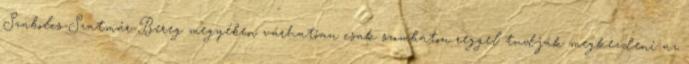
Szabolcs-Szatmár-Bereg megyében várhatóan csak szombaton reggel tudják megkezdeni az